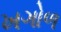
ખગોળ